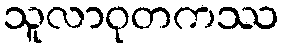
သူလာဝုတကဿ